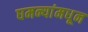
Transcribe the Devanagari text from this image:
घमन्यांमधून